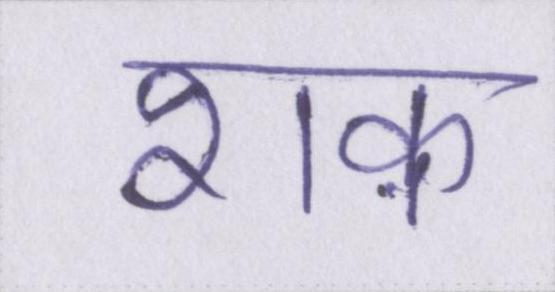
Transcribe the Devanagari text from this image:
शक़